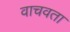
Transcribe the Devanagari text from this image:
वाचवता